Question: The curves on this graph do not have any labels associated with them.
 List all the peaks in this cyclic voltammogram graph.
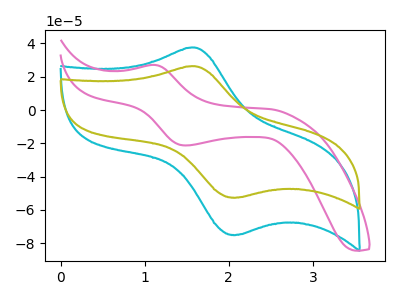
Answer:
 <answer>The cyan curve "cyan" has an anodic peak at (1.60V, 37.55uA) and a cathodic peak at (2.10V, -75.00uA). The pink curve "pink" has an anodic peak at (1.15V, 27.10uA) and a cathodic peak at (1.50V, -21.30uA). The olive curve "olive" has an anodic peak at (1.60V, 26.30uA) and a cathodic peak at (2.10V, -52.60uA).</answer>
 <eval></eval>